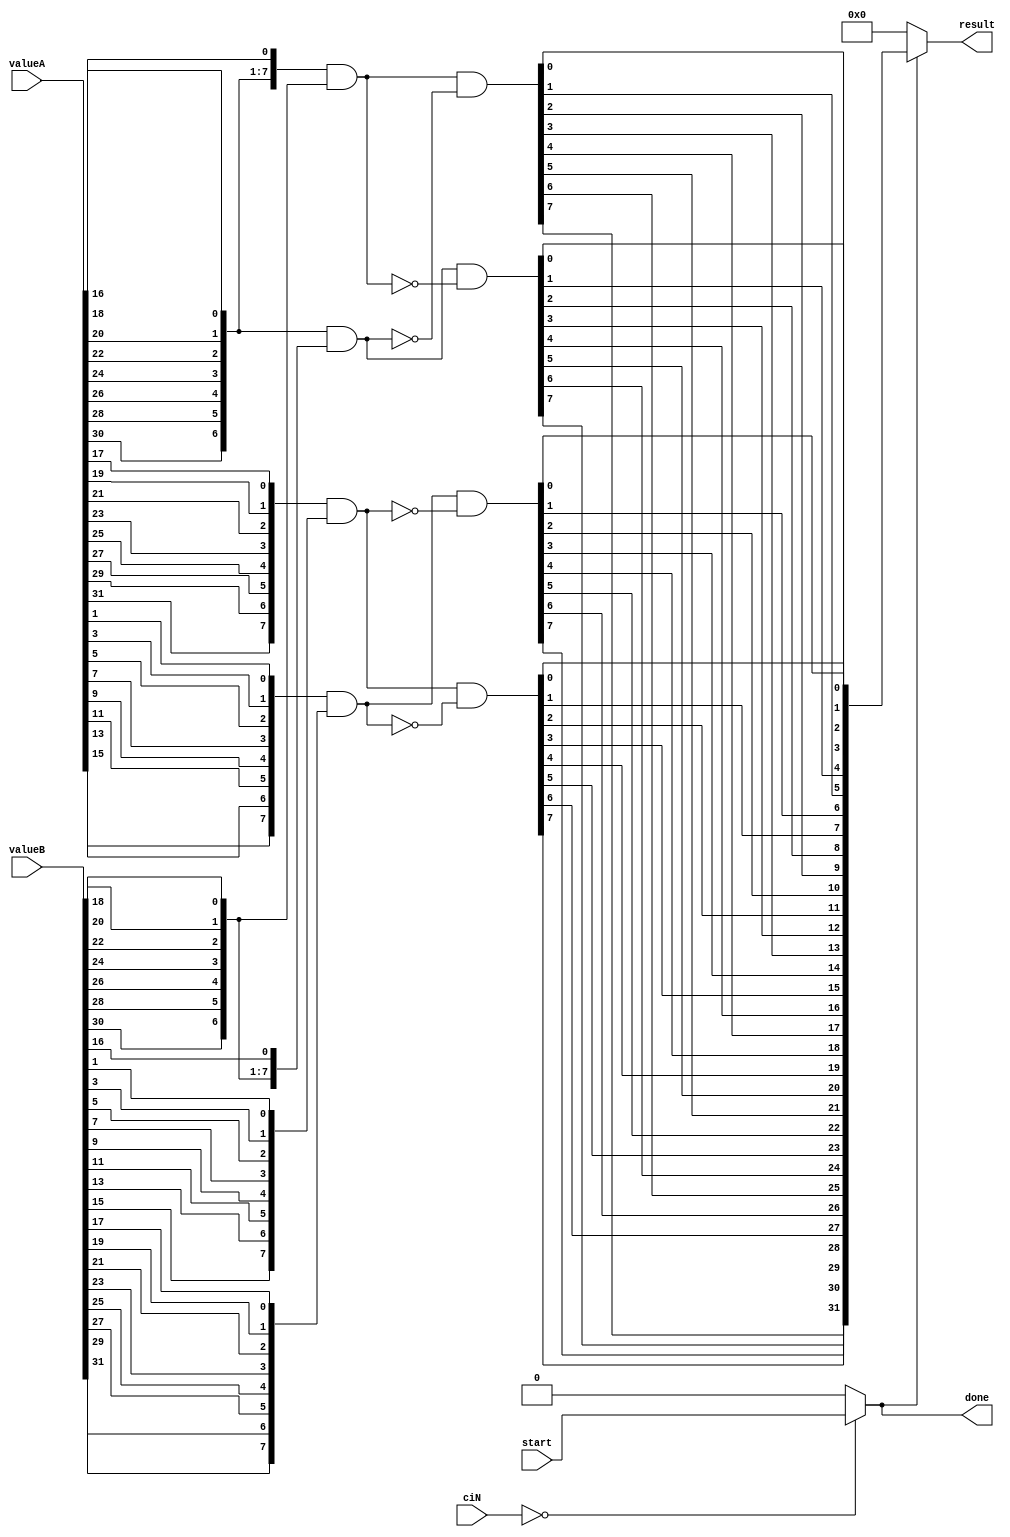
module opticFlowCI #(
    parameter [7:0] customInstructionId = 8'd0
) (
    input  wire        start,
    input  wire [31:0] valueA,
    valueB,
    input  wire [ 7:0] ciN,
    output wire        done,
    output wire [31:0] result
);
    wire is_active = (ciN == customInstructionId) ? start : 1'b0;

    wire[31:0] optic_flow_values;

    assign done   = is_active;
    assign result = is_active ? optic_flow_values : 32'd0;

    /*
        ValueA contains two rows of 8*2 bits each, containing the binary X and Y gradients for 8 pixels
        ValueB is identical, but the gradients come from the previous frame
        Result contains 8*4 bits, containing the {up, down, left, right} flow bits for each pixel
    */

    wire[15:0] row_up = valueA[31:16];
    wire[15:0] row_down = valueA[15:0];
    wire[15:0] prev_row_up = valueB[31:16];
    wire[15:0] prev_row_down = valueB[15:0];

    wire[7:0] row_up_x;
    wire[7:0] prev_row_up_x;
    wire[7:0] row_up_y;
    wire[7:0] row_down_y;
    wire[7:0] prev_row_up_y;
    wire[7:0] prev_row_down_y;
    genvar i;
    generate
        for (i = 0; i < 8; i = i + 1) begin : dispatch_xy
            assign row_up_x[i] = row_up[2 * i];
            assign prev_row_up_x[i] = prev_row_up[2 * i];
            assign row_up_y[i] = row_up[2 * i + 1];
            assign row_down_y[i] = row_down[2 * i + 1];
            assign prev_row_up_y[i] = prev_row_up[2 * i + 1];
            assign prev_row_down_y[i] = prev_row_down[2 * i + 1];
        end
    endgenerate

    wire[7:0] left_and = row_up_x & (prev_row_up_x >> 1);
    wire[7:0] right_and = (row_up_x >> 1) & prev_row_up_x;
    wire[7:0] left = left_and & ~right_and;
    wire[7:0] right = right_and & ~left_and;

    wire[7:0] up_and = row_up_y & prev_row_down_y;
    wire[7:0] down_and = row_down_y & prev_row_up_y;
    wire[7:0] up = up_and & ~down_and;
    wire[7:0] down = down_and & ~up_and;

    generate
        for (i = 0; i < 8; i = i + 1) begin : aggregate_result
            assign optic_flow_values[4 * i] = right[i];
            assign optic_flow_values[4 * i + 1] = left[i];
            assign optic_flow_values[4 * i + 2] = down[i];
            assign optic_flow_values[4 * i + 3] = up[i];
        end
    endgenerate

endmodule